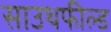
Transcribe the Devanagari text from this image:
साउथफील्ड